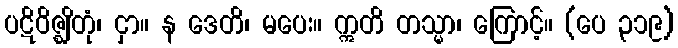
ပဋိဝိဇ္ဈိတုံ၊ ငှာ။ န ဒေတိ၊ မပေး။ ဣတိ တသ္မာ၊ ကြောင့်။ (ပေ ၃၁၉)